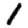
Digit: 1